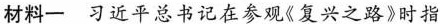
材料一 习近平总书记在参观《复兴之路》时指